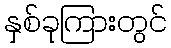
နှစ်ခုကြားတွင်